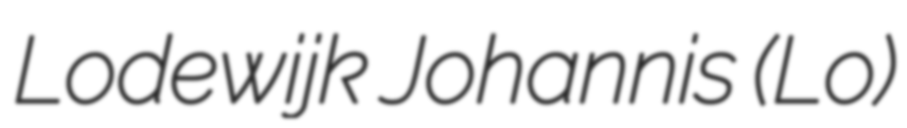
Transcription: Lodewijk Johannis (Lo)